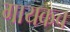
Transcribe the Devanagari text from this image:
गायकच